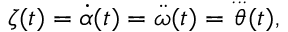
\zeta ( t ) = { \dot { \alpha } } ( t ) = { \ddot { \omega } } ( t ) = { \overset { . . . } { \theta } } ( t ) ,